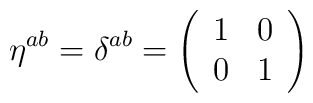
\eta^{ab}=\delta^{ab}=\left(\begin{array}{cc}1 & 0 \\0 & 1 \end{array}\right)